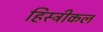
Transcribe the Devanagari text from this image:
हिस्ट्रीकल